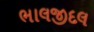
ભાલજીદલ